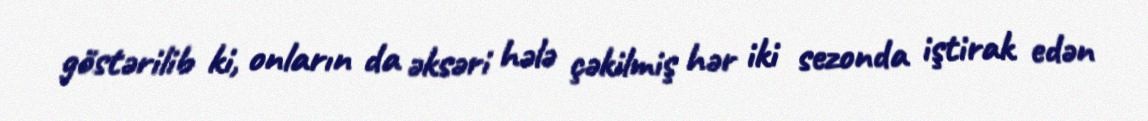
göstərilib ki, onların da əksəri hələ çəkilmiş hər iki sezonda iştirak edən